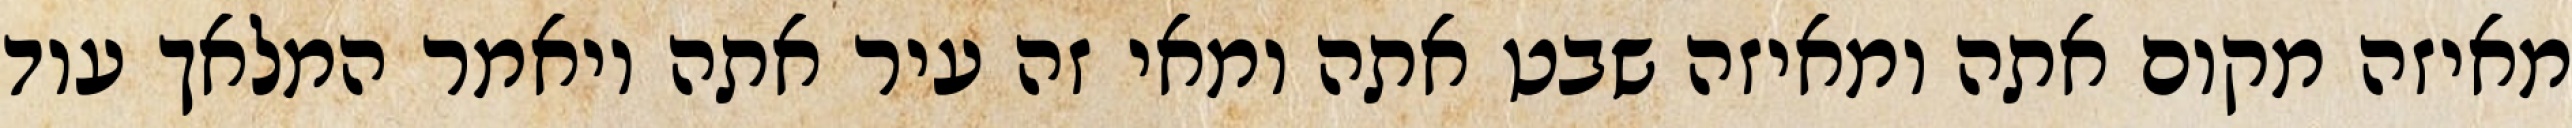
מאיזה מקום אתה ומאיזה שבט אתה ומאי זה עיר אתה ויאמר המלאך עוד